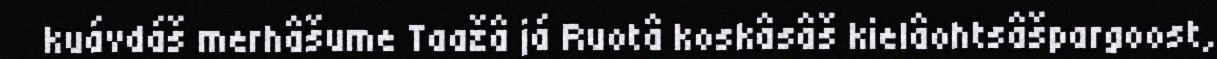
kuávdáš merhâšume Taažâ já Ruotâ koskâsâš kielâohtsâšpargoost,